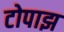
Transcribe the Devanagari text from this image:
टोपाझ